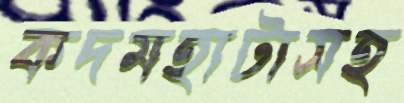
কদমহাটাসহ